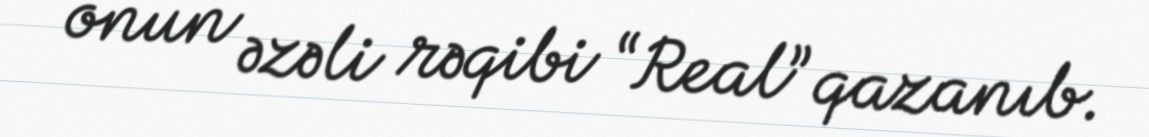
onun əzəli rəqibi “Real” qazanıb.